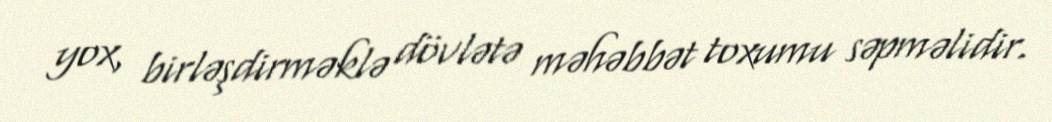
yox, birləşdirməklə dövlətə məhəbbət toxumu səpməlidir.